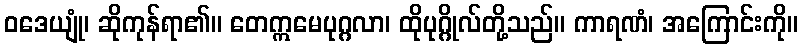
ဝဒေယျုံ၊ ဆိုကုန်ရာ၏။ တေဣမေပုဂ္ဂလာ၊ ထိုပုဂ္ဂိုလ်တို့သည်။ ကာရဏံ၊ အကြောင်းကို။